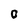
Character: O